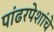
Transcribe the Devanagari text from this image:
पांढरपेशांचे